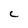
Character: C